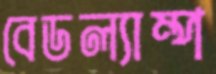
বেডল্যাম্প